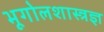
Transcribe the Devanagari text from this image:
भूगोलशास्त्रज्ञ